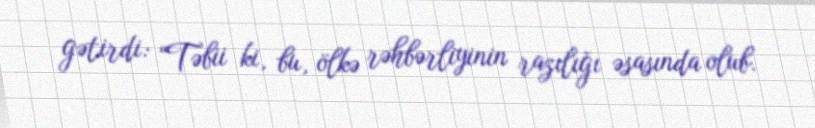
gətirdi: “Təbii ki, bu, ölkə rəhbərliyinin razılığı əsasında olub.